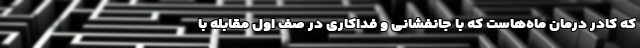
که کادر درمان ماه‌هاست که با جانفشانی و فداکاری در صف اول مقابله با